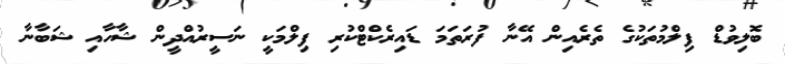
ބޮލިވުޑް ފިލްމުތަކުގެ ތެރެއިން އޭނާ ފުރަތަމަ ޑައިރެކްޓްކުރި ފިލްމަކީ ނަސީރުއްދީން ޝާހާއި ޝަބާނާ